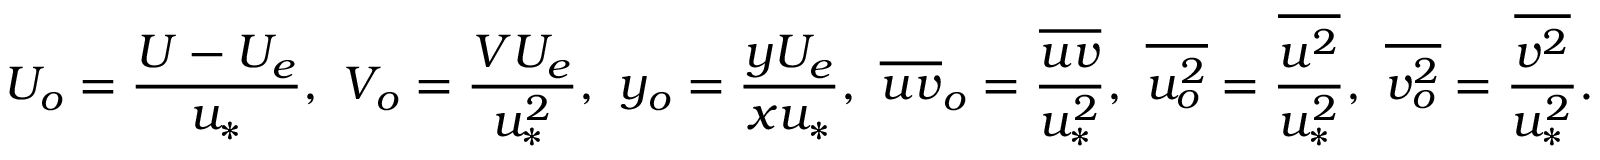
U _ { o } = \frac { U - U _ { e } } { u _ { * } } , \ V _ { o } = \frac { V U _ { e } } { u _ { * } ^ { 2 } } , \ y _ { o } = \frac { y U _ { e } } { x u _ { * } } , \ \overline { { u v } } _ { o } = \frac { \overline { { u v } } } { u _ { * } ^ { 2 } } , \ \overline { { u _ { o } ^ { 2 } } } = \frac { \overline { { u ^ { 2 } } } } { u _ { * } ^ { 2 } } , \ \overline { { v _ { o } ^ { 2 } } } = \frac { \overline { { v ^ { 2 } } } } { u _ { * } ^ { 2 } } .